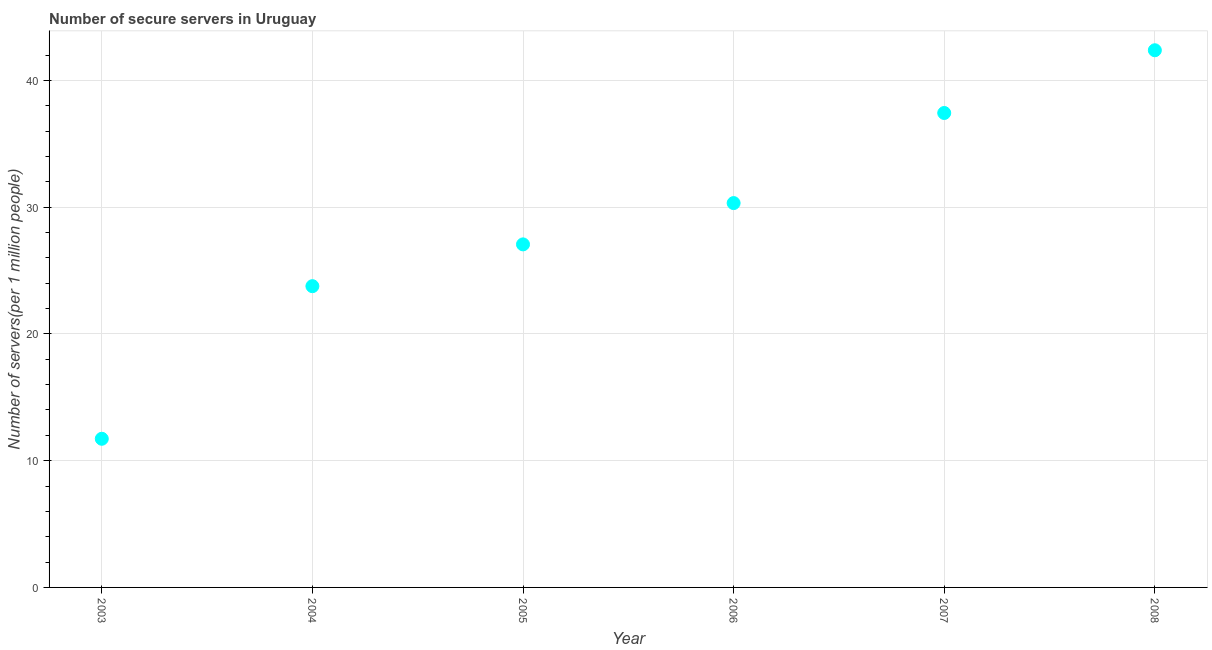
| Year | Secure Internet servers |
 | --- | --- |
 | 2003 | 11.7 |
 | 2004 | 23.8 |
 | 2005 | 27.1 |
 | 2006 | 30.3 |
 | 2007 | 37.4 |
 | 2008 | 42.4 |